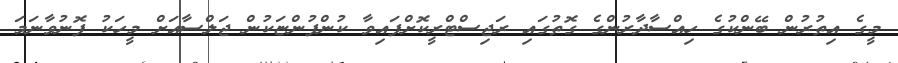
މީގެ އިތުރުން ބޭންކުގެ ހިއްސާދާރުންގެ ގޮތުގައި ރަޖިސްޓްރީކޮށްފައިވާ ކުންފުންޏަކުން ޖަލްސާއަށް މީހަކު ފޮނުވާނަމަ